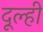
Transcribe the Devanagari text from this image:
दूल्ही